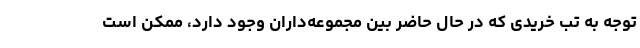
توجه به تب خریدی که در حال حاضر بین مجموعه‌داران وجود دارد، ممکن است